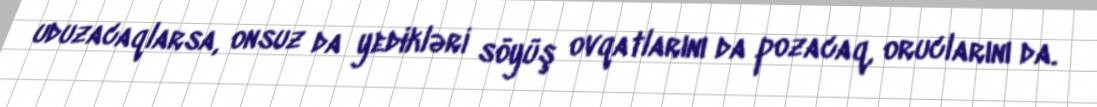
uduzacaqlarsa, onsuz da yedikləri söyüş ovqatlarını da pozacaq, oruclarını da.